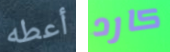
أعطه كارد